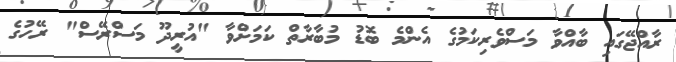
ރާއްޖޭގައި ބާއްވާ މަސްވެރިކަމުގެ އެންމެ ބޮޑު މުބާރާތް ކަމަށްވާ "އުރީދޫ މަސްރޭސް" ރޭހުގެ